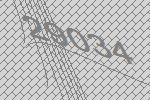
29034